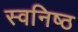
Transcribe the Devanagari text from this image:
स्वनिष्ठ